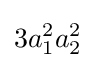
3a_{1}^{2}a_{2}^{2}